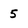
Character: 5